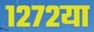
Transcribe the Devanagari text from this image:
१२७२या